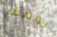
لوصف